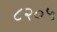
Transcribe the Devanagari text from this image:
८२०५